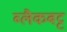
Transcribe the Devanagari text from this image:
ब्लैकबट्ट